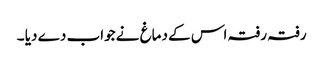
رفتہ رفتہ اس کے دماغ نے جواب دے دیا ۔